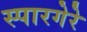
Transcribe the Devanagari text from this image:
स्पारगेरे